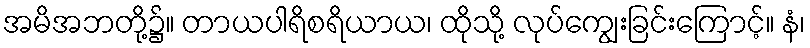
အမိအဘတို့၌။ တာယပါရိစရိယာယ၊ ထိုသို့ လုပ်ကျွေးခြင်းကြောင့်။ နံ၊